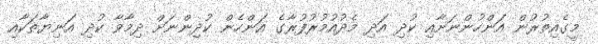
މީގެއިތުރުން އަންހުންނަށާއި ކުދި އަދި މެދުއުމުރުފުރާގެ އަންހެން ކުދިންނަށް ދިމާވާ ކުދި އަނިޔާތަކާއި